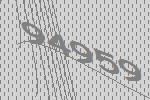
94959